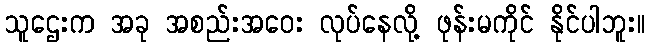
သူဌေးက အခု အစည်းအဝေး လုပ်နေလို့ ဖုန်းမကိုင် နိုင်ပါဘူး။